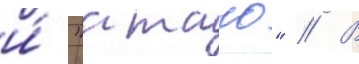
и́ "атаго" // В